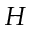
H